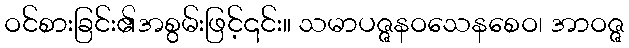
ဝင်စားခြင်း၏အစွမ်းဖြင့်၎င်း။ သမာပဇ္ဇနဝသေနစေဝ၊ အာဝဇ္ဇ